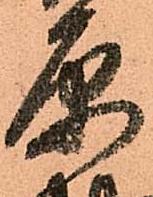
原